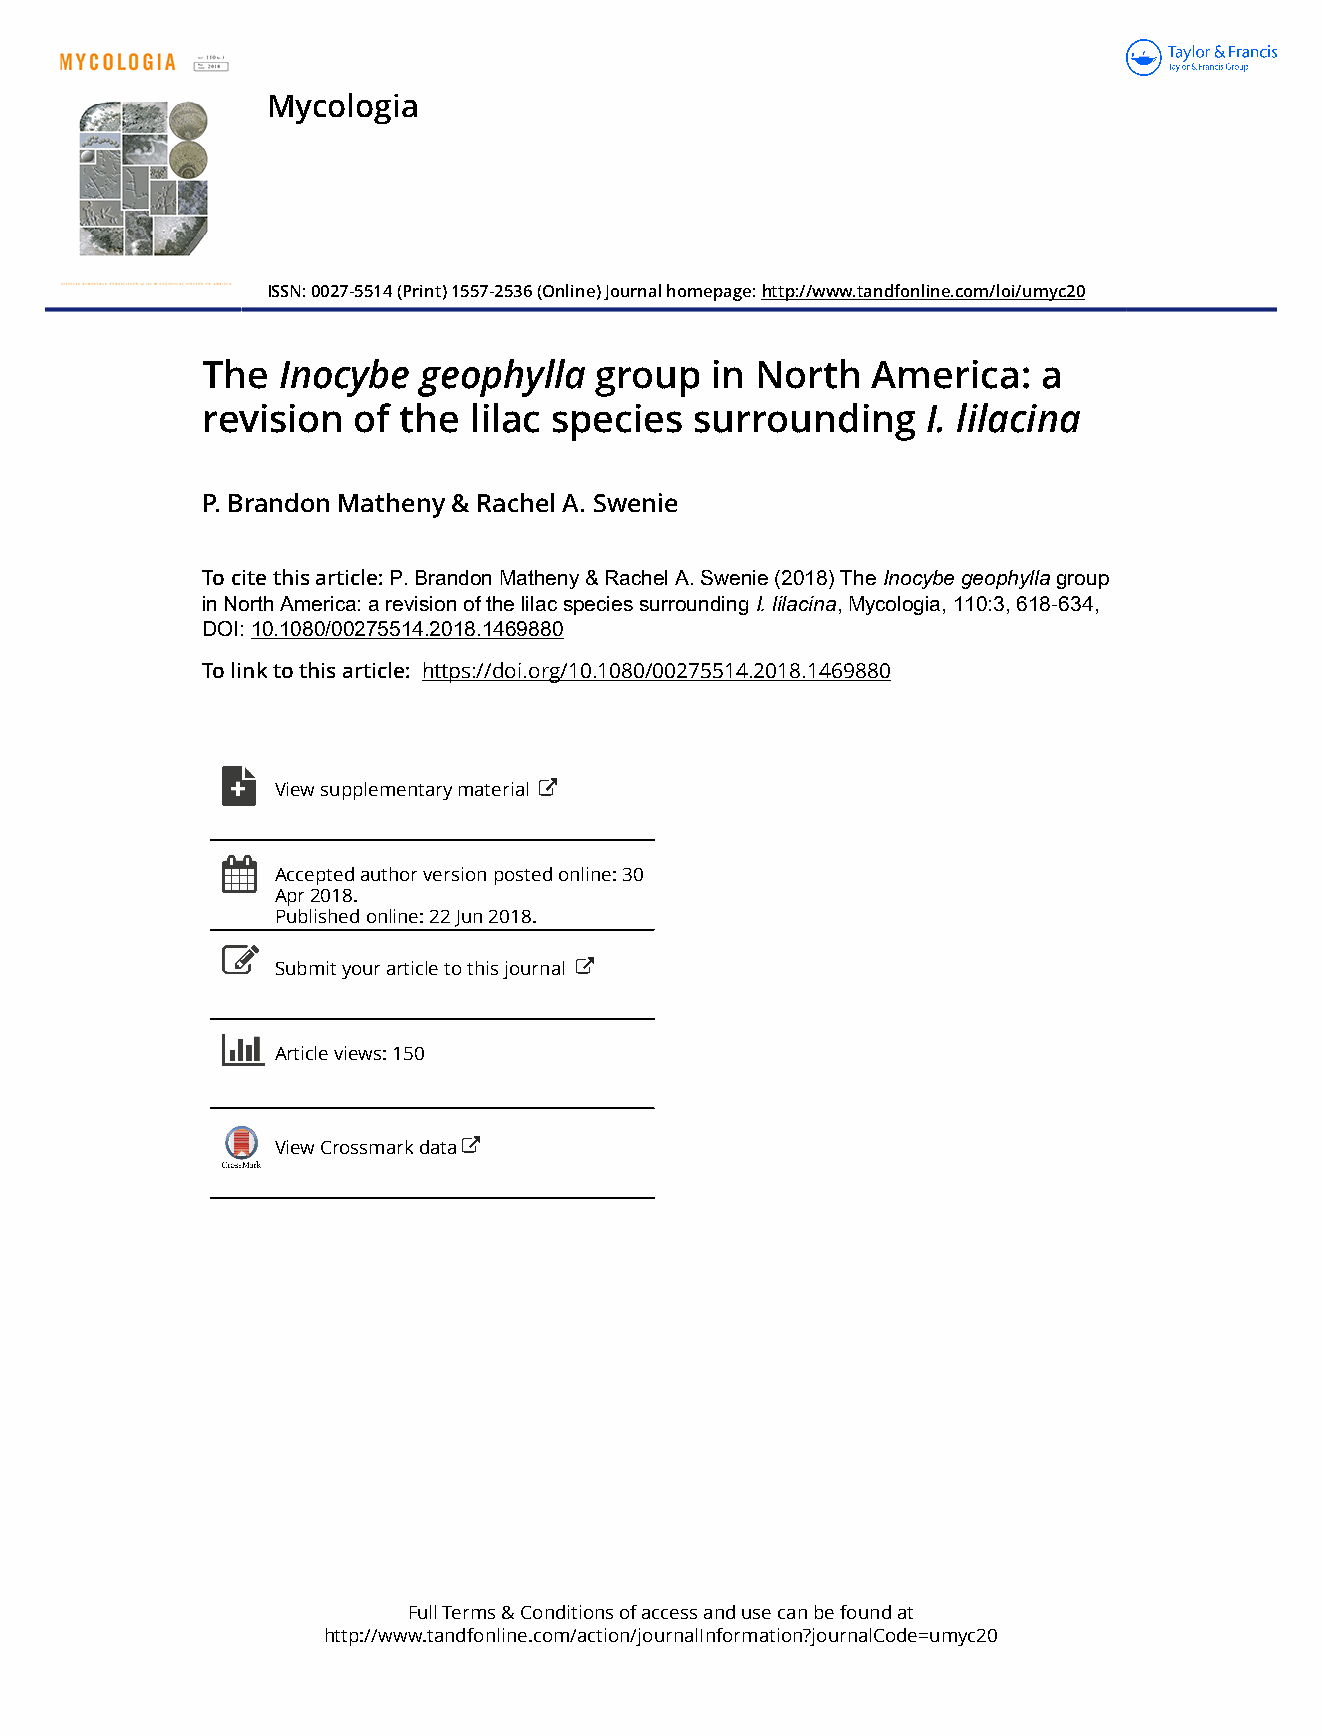
Mycologia
 ISSN: 0027-5514 (Print) 1557-2536 (Online) Journal homepage: http://www.tandfonline.com/loi/umyc20
 The  Inocybe   geophylla  group   in North   America:   a
 revision  of the  lilac species  surrounding    I. lilacina
 P. Brandon Matheny & Rachel A. Swenie
 To cite this article: P. Brandon Matheny & Rachel A. Swenie (2018) The Inocybe￿geophylla group
 in North America: a revision of the lilac species surrounding I.￿lilacina, Mycologia, 110:3, 618-634,
 DOI: 10.1080/00275514.2018.1469880
 To link to this article: https://doi.org/10.1080/00275514.2018.1469880
 View supplementary material
 Accepted author version posted online: 30
 Apr 2018.
 Published online: 22 Jun 2018.
 Submit your article to this journal
 Article views: 150
 View Crossmark data
 Full Terms & Conditions of access and use can be found at
 http://www.tandfonline.com/action/journalInformation?journalCode=umyc20